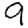
Digit: 9